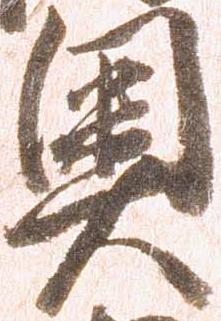
奥